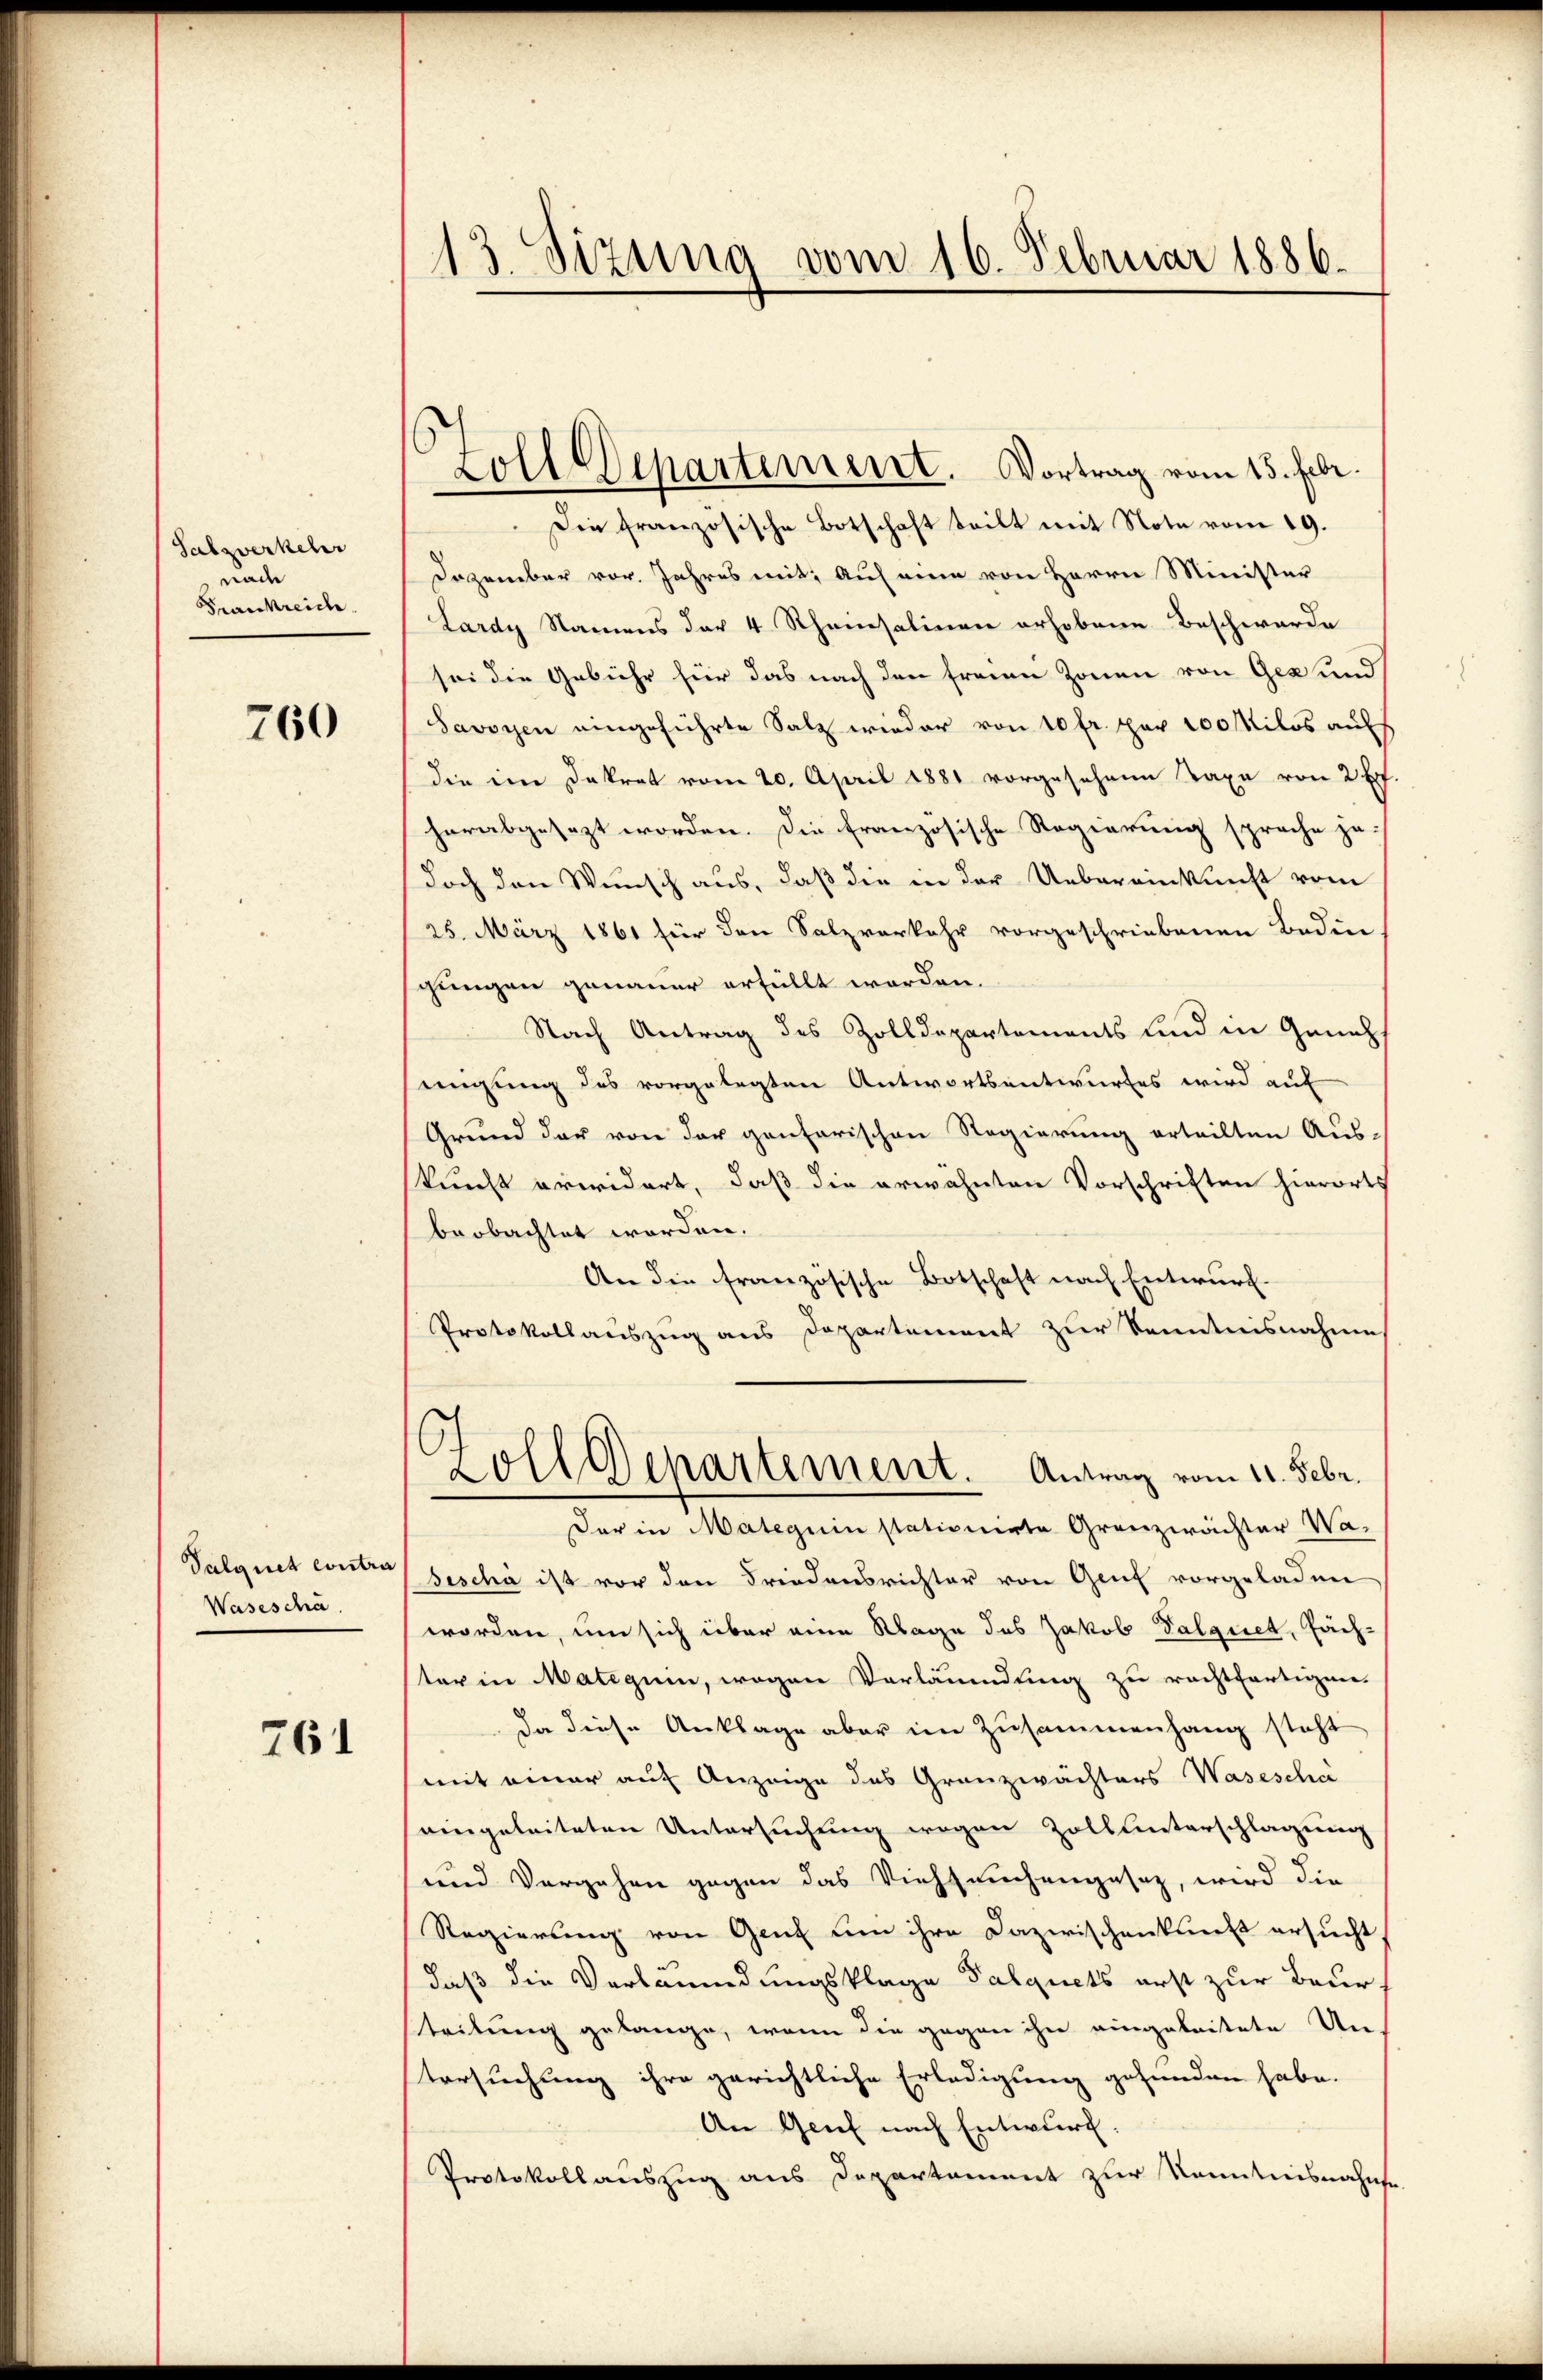
Salzwerkehr
nach
Frankreich.

760

Palgnet entri
Waseschä

76

13. Sizung vom 16. Februar 1886.

Holl Departement. Vortrag vom 15. Febr.
Die französische Botschaft teilt mit Note vom 19.
Dezember vor. Jahres mit, auf eine von Herrn Minister
Lardy Namens der 4 Rheinsalinen erhobene Beschwerde
sei die Gebühr für das nach den freien Zonen von Gez und
Savoyen eingeführte Salz wieder von 10 fr. per 100 Milos auf
die im Dekret vom 20. April 1881 vorgesehene Taxe von 2 ff.
herabgesezt worden. Die französische Regierung sprache je-
doch den Wunsch aus, daß die in der Uebereinkunft vom
25. März 1861 für den Salzverkehr vorgeschriebenen Bedin
gungen genauer erfüllt worden.
Nach Antrag des Zolldepartements und in Geneh
eigung des vorgelegten Antwortsentwurfes wird auf
Grund der von der gentarischen Regierung erteilten Aus-
kunft erwidert, daß die erwähnten Vorschriften hierorts
beobachtet worden.
An die französische Botschaft nach Entwurf.
Protokollauszug aus Departement zur Kenntnisnahme
Zoll Departement. Antrag vom 11. Febr.
Der in Mateguin stationirte Grenzwächter Wa¬
Jescha ist vor den Friedensrichter von Genf vorgeladen
worden, um sich über eine Klage des Jakob Palquet, Fachter in Mateguin, wegen Verläumdung zu rechtfertigen.
da diese Anklage aber im Zusammenhang steht
mit einer auf Anzeige des Granzwächters Wasesche
eingeleiteten Untersuchung wegen Zoll unterschlagung
und Vergehen gegen das Viehseuchengasaz, wird die
Regierung von Genf um ihre Dazwischenkunft ersucht
daß die Verleumdungsklage Palquets erst zur Beur
teitung gelange, wenn die gegen ihn eingeleitete Un-
Versuchung ihre gerichtliche Erledigung gefunden habe.
An Genf nach Entwurf
Protokollauszug aus Departement zur Kenntnisnahme